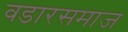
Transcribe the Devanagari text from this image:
वडारसमाज